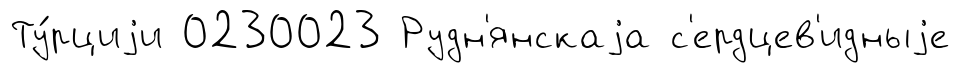
Ту́рциjи 0230023 Рудн'янскаjа с'ердцев'идныjе